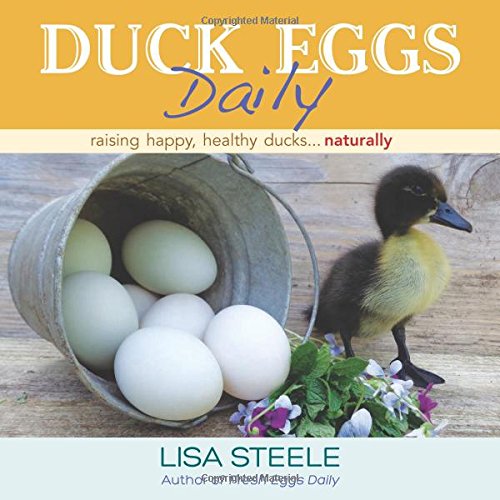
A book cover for Duck Eggs Daily: Raising Happy, Healthy Ducks...Naturally; Lisa Steele; Crafts, Hobbies & Home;